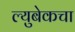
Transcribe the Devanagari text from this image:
ल्युबेकचा